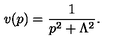
v ( p ) = { \frac { 1 } { p ^ { 2 } + \Lambda ^ { 2 } } } .